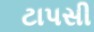
ટાપસી